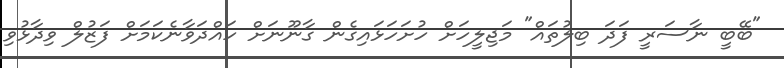
"ބޭބީ ނާސަރީ ފަދަ ބިލުތައް" މަޖިލީހަށް ހުށަހަޅައިގެން ގާނޫނަށް ހައްދަވާނެކަމަށް ފަޒުލް ވިދާޅުވި